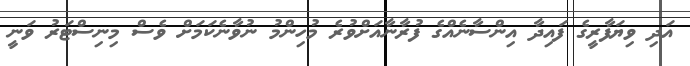
އަދި ވިޔަފާރީގެ ފައިދާ އިންސާނެއްގެ ފުރާނާއަށްވުރެ މުހިންމު ނުވާނެކަމަށް ވެސް މިނިސްޓަރު ވަނީ